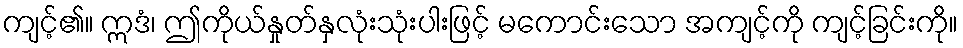
ကျင့်၏။ ဣဒံ၊ ဤကိုယ်နှုတ်နှလုံးသုံးပါးဖြင့် မကောင်းသော အကျင့်ကို ကျင့်ခြင်းကို။